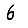
Digit: 6